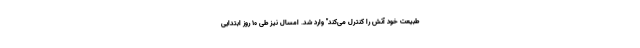
طبیعت خود آتش را کنترل می‌کند" وارد شد. امسال نیز طی ۱۰ روز ابتدایی